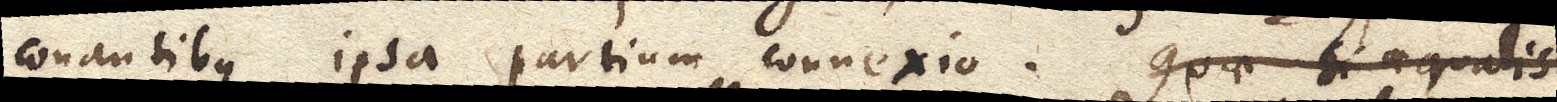
conantibus ipsa partium connexio. Quae si aequalis